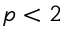
p < 2